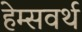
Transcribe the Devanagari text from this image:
हेम्सवर्थ